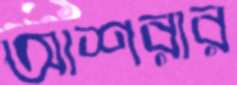
আশরার